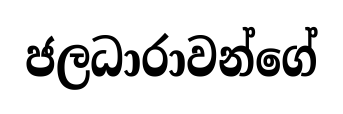
ජලධාරාවන්ගේ